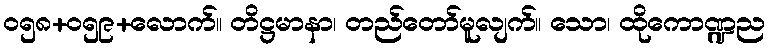
၀၅၈+၀၅၉+လောက်။ တိဋ္ဌမာနာ၊ တည်တော်မူလျက်။ သော၊ ထိုကောဏ္ဍည